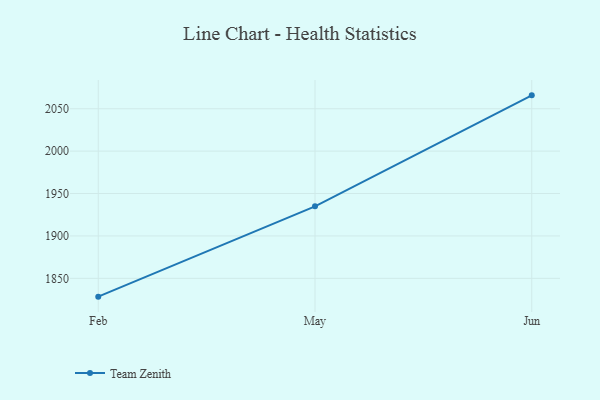
{"axis": {"x": "Month", "y": "Production Output"}, "legend": ["Team Zenith"], "data": [{"x": "Feb", "y": 1828.4, "type": "Team Zenith"}, {"x": "May", "y": 1934.9, "type": "Team Zenith"}, {"x": "Jun", "y": 2065.8, "type": "Team Zenith"}]}